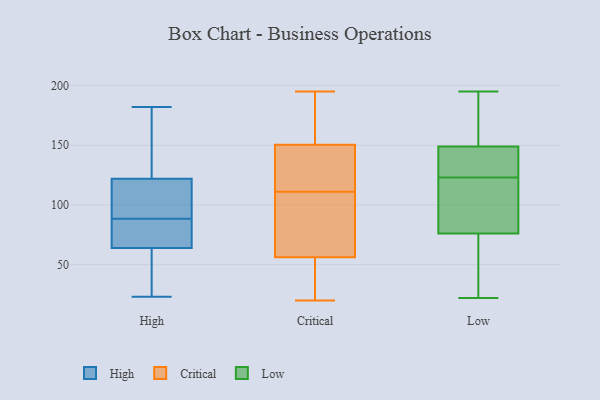
{"axis": {"x": "Demand Index", "y": "Value"}, "legend": ["Critical", "High", "Low"], "data": [{"x": "", "y": 182, "type": "High"}, {"x": "", "y": 122, "type": "High"}, {"x": "", "y": 23, "type": "High"}, {"x": "", "y": 166, "type": "High"}, {"x": "", "y": 82, "type": "High"}, {"x": "", "y": 64, "type": "High"}, {"x": "", "y": 65, "type": "High"}, {"x": "", "y": 109, "type": "High"}, {"x": "", "y": 95, "type": "High"}, {"x": "", "y": 27, "type": "High"}, {"x": "", "y": 104, "type": "Critical"}, {"x": "", "y": 155, "type": "Critical"}, {"x": "", "y": 32, "type": "Critical"}, {"x": "", "y": 79, "type": "Critical"}, {"x": "", "y": 48, "type": "Critical"}, {"x": "", "y": 84, "type": "Critical"}, {"x": "", "y": 134, "type": "Critical"}, {"x": "", "y": 131, "type": "Critical"}, {"x": "", "y": 27, "type": "Critical"}, {"x": "", "y": 155, "type": "Critical"}, {"x": "", "y": 137, "type": "Critical"}, {"x": "", "y": 111, "type": "Critical"}, {"x": "", "y": 195, "type": "Critical"}, {"x": "", "y": 162, "type": "Critical"}, {"x": "", "y": 20, "type": "Critical"}, {"x": "", "y": 125, "type": "Critical"}, {"x": "", "y": 56, "type": "Critical"}, {"x": "", "y": 57, "type": "Critical"}, {"x": "", "y": 176, "type": "Critical"}, {"x": "", "y": 143, "type": "Low"}, {"x": "", "y": 195, "type": "Low"}, {"x": "", "y": 28, "type": "Low"}, {"x": "", "y": 31, "type": "Low"}, {"x": "", "y": 124, "type": "Low"}, {"x": "", "y": 120, "type": "Low"}, {"x": "", "y": 184, "type": "Low"}, {"x": "", "y": 99, "type": "Low"}, {"x": "", "y": 22, "type": "Low"}, {"x": "", "y": 152, "type": "Low"}, {"x": "", "y": 76, "type": "Low"}, {"x": "", "y": 149, "type": "Low"}, {"x": "", "y": 122, "type": "Low"}, {"x": "", "y": 128, "type": "Low"}]}